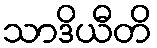
သာဒိယီတိ